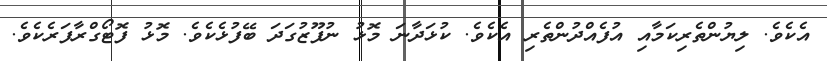
އެކެވެ. ލިޔުންތެރިކަމާއި އުފެއްދުންތެރި އެކެވެ. ކުޅަދާނަ މޮޅު ނުފޫޒުގަދަ ބޭފުޅެކެވެ. މޮޅު ފޮޓޯގްރާފަރެކެވެ.